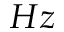
H z